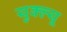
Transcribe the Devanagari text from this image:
युक्ल्यू